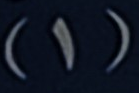
(1)